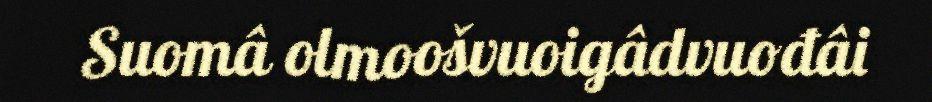
Suomâ olmoošvuoigâdvuođâi